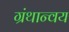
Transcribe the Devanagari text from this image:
ग्रंथान्वय